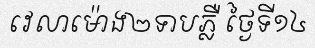
វេលាម៉ោង២ទាបភ្លឺ ថ្ងៃទី១៤